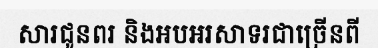
សារជូនពរ និងអបអរសាទរជាច្រើនពី